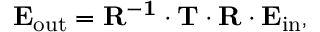
\mathbf { E _ { \mathrm { { o u t } } } = R ^ { - 1 } \cdot T \cdot R \cdot E _ { \mathrm { { i n } } } } ,